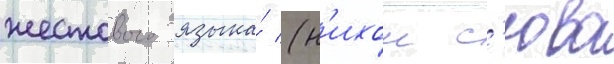
жестового языка́ (н'ихон с'юва